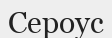
Сероус